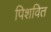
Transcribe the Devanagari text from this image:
पिशवित